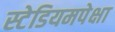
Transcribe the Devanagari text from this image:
स्टेडियमपेक्षा